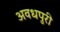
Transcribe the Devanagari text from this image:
अवधपुरी